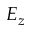
E _ { z }